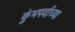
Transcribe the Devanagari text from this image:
कुंभपर्वाच्या